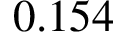
0 . 1 5 4